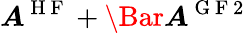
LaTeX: \boldsymbol{A}^{\mathrm{~H~F~}}+\Bar{\boldsymbol{A}}^{\mathrm{~G~F~}2}